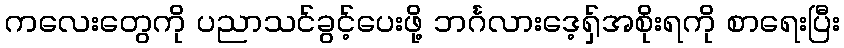
ကလေးတွေကို ပညာသင်ခွင့်ပေးဖို့ ဘင်္ဂလားဒေ့ရှ်အစိုးရကို စာရေးပြီး